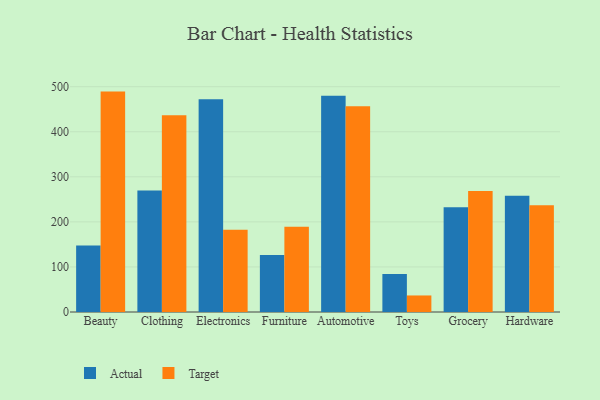
{"axis": {"x": "Category", "y": "Operating Costs (USD K)"}, "legend": ["Actual", "Target"], "data": [{"x": "Beauty", "y": 147.7, "type": "Actual"}, {"x": "Beauty", "y": 489.1, "type": "Target"}, {"x": "Clothing", "y": 269.9, "type": "Actual"}, {"x": "Clothing", "y": 436.5, "type": "Target"}, {"x": "Electronics", "y": 472.0, "type": "Actual"}, {"x": "Electronics", "y": 182.5, "type": "Target"}, {"x": "Furniture", "y": 126.4, "type": "Actual"}, {"x": "Furniture", "y": 189.0, "type": "Target"}, {"x": "Automotive", "y": 479.7, "type": "Actual"}, {"x": "Automotive", "y": 456.5, "type": "Target"}, {"x": "Toys", "y": 84.1, "type": "Actual"}, {"x": "Toys", "y": 36.7, "type": "Target"}, {"x": "Grocery", "y": 232.4, "type": "Actual"}, {"x": "Grocery", "y": 268.3, "type": "Target"}, {"x": "Hardware", "y": 257.8, "type": "Actual"}, {"x": "Hardware", "y": 236.7, "type": "Target"}]}